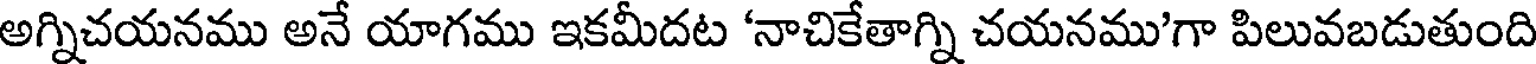
అగ్నిచయనము అనే యాగము ఇకమీదట 'నాచికేతాగ్ని చయనము'గా పిలువబడుతుంది